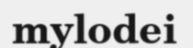
mylodei